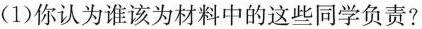
(1)你认为谁该为材料中的这些同学负责?